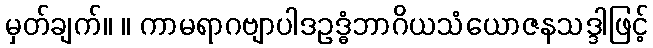
မှတ်ချက်။ ။ ကာမရာဂဗျာပါဒဥဒ္ဓံဘာဂိယသံယောဇနသဒ္ဒါဖြင့်